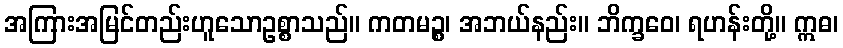
အကြားအမြင်တည်းဟူသောဥစ္စာသည်။ ကတမဉ္စ၊ အဘယ်နည်း။ ဘိက္ခဝေ၊ ရဟန်းတို့။ ဣဓ၊